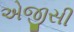
એજીસી